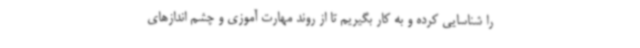
را شناسایی کرده و به کار بگیریم تا از روند مهارت آموزی و چشم اندازهای